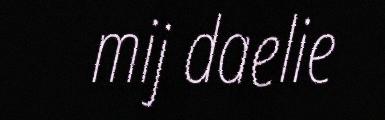
mij daelie